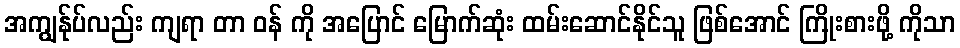
အကျွန်ုပ်လည်း ကျရာ တာ ဝန် ကို အပြောင် မြောက်ဆုံး ထမ်းဆောင်နိုင်သူ ဖြစ်အောင် ကြိုးစားဖို့ ကိုသာ